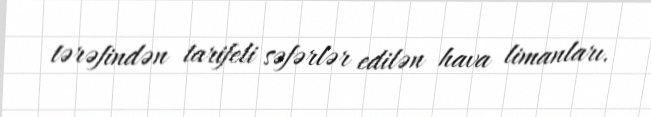
tərəfindən tarifeli səfərlər edilən hava limanları.